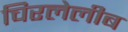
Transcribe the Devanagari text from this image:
चिरलेलीब